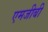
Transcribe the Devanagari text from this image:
एमजीबी